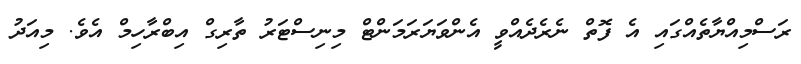
ރަސްމިއްޔާތެއްގައި އެ ފޮތް ނެރެދެއްވީ އެންވަޔަރަމަންޓް މިނިސްޓަރު ތާރިގް އިބްރާހިމް އެވެ. މިއަދު